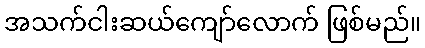
အသက်ငါးဆယ်ကျော်လောက် ဖြစ်မည်။